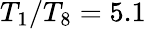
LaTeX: T_{1}/T_{8}=5.1